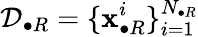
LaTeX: \mathcal{D}_{\bullet R}=\{ \mathbf{x}_{\bullet R}^{i}\} _{i=1}^{N_{\bullet R}}